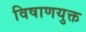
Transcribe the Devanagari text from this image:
विषाणयुक्त